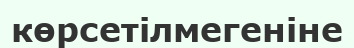
көрсетілмегеніне